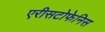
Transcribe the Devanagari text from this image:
एरीसटोफेनिस